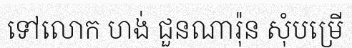
ទៅលោក ហង់ ជួនណារ៉ុន សុំបម្រើ